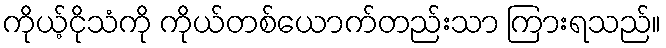
ကိုယ့်ငိုသံကို ကိုယ်တစ်ယောက်တည်းသာ ကြားရသည်။